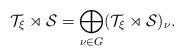
LaTeX: \begin{align*} \mathcal{T}_\xi\rtimes \mathcal{S} = \bigoplus_{\nu\in G}(\mathcal{T}_\xi\rtimes \mathcal{S})_\nu. \end{align*}